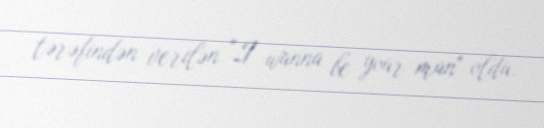
tərəfindən verilən "I wanna be your man" oldu.